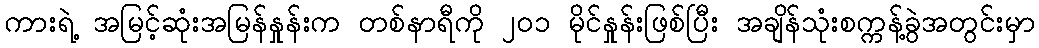
ကားရဲ့ အမြင့်ဆုံးအမြန်နှုန်းက တစ်နာရီကို ၂၀၁ မိုင်နှုန်းဖြစ်ပြီး အချိန်သုံးစက္ကန့်ခွဲအတွင်းမှာ